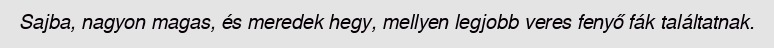
Sajba, nagyon magas, és meredek hegy, mellyen legjobb veres fenyő fák találtatnak.